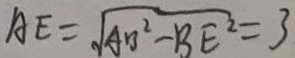
A E = \sqrt { A B ^ { 2 } - B E ^ { 2 } } = 3